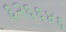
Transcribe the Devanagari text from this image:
६२६६४६